Indian journal of veterinary science and animal husbandry - Volumes 24-25, 1954-1955
Year: 1954
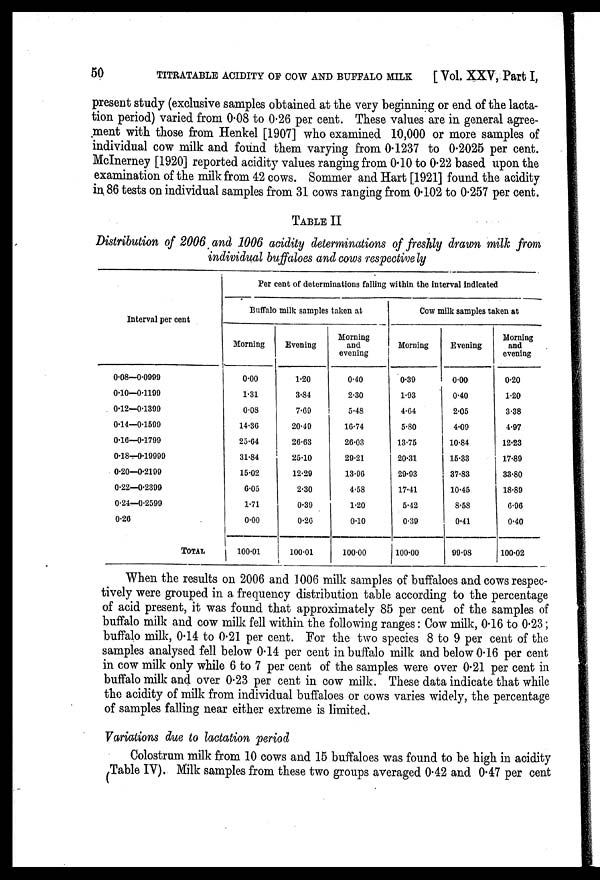
50
TITRATABLE ACIDITY OF COW AND BUFFALO MILK
[Vol. XXV, Part I,
present study (exclusive samples obtained at the very beginning or end of the lacta-
tion period) varied from 0.08 to 0.26 per cent. These values are in general agree-
ment with those from Henkel [1907] who examined 10,000 or more samples of
individual cow milk and found them varying from 0.1237 to 0.2025 per cent.
McInerney [1920] reported acidity values ranging from 0.10 to 0.22 based upon the
examination of the milk from 42 cows. Sommer and Hart [1921] found the acidity
in 86 tests on individual samples from 31 cows ranging from 0.102 to 0.257 per cent.
TABLE II
Distribution of 2006 and 1006 acidity determinations of freshly drawn milk from
individual buffaloes and cows respectively
Interval per cent
0.08—0.0999
0.10—0.1199
0.12—0.1399
0.14—0.1599
0.16—0.1799
0.18—0.19999
0.20—0.2199
0.22—0.2399
0.24—0.2599
0.26
TOTAL
Per cent of determinations falling within the interval indicated
Buffalo milk samples taken at
Morning
0.00
1.31
0.08
14.36
25.64
31.84
15.02
6.05
1.71
0.00
100.01
Evening
1.20
3.84
7.69
20.49
26.63
25.10
12.29
2.30
0.39
0.26
100.01
Morning
and
evening
0.40
2.30
5.48
16.74
26.03
29.21
13.96
4.58
1.20
0.10
100.00
Cow milk samples taken at
Morning
0.39
1.93
4.64
5.80
13.75
20.31
29.93
17.41
5.42
0.39
100.00
Evening
0.00
0.40
2.05
4.09
10.84
15.33
37.83
10.45
8.58
0.41
99.98
Morning
and
evening
0.20
1.20
3.38
4.97
12.23
17.89
33.80
18.89
6.96
0.40
100.02
When the results on 2006 and 1006 milk samples of buffaloes and cows respec-
tively were grouped in a frequency distribution table according to the percentage
of acid present, it was found that approximately 85 per cent of the samples of
buffalo milk and cow milk fell within the following ranges: Cow milk, 0.16 to 0.23;
buffalo milk, 0.14 to 0.21 per cent. For the two species 8 to 9 per cent of the
samples analysed fell below 0.14 per cent in buffalo milk and below 0.16 per cent
in cow milk only while 6 to 7 per cent of the samples were over 0.21 per cent in
buffalo milk and over 0.23 per cent in cow milk. These data indicate that while
the acidity of milk from individual buffaloes or cows varies widely, the percentage
of samples falling near either extreme is limited.
Variations due to lactation period
Colostrum milk from 10 cows and 15 buffaloes was found to be high in acidity
Table IV). Milk samples from these two groups averaged 0.42 and 0.47 per cent